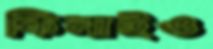
কিনাইও